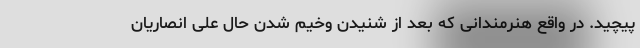
پیچید. در واقع هنرمندانی که بعد از شنیدن وخیم شدن حال علی انصاریان